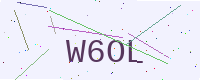
Text: W6OL